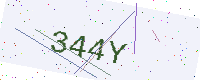
Text: 344Y